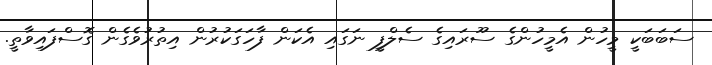
ސަބަބަކީ މީހުން އެމީހުންގެ ސޫރައިގެ ސެލްފީ ނަގައި އެކަން ފާހަގަކުރުން އިތުރުވެގެން ގޮސްފައިވާތީ.